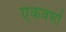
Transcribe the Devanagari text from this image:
एकवर्णा